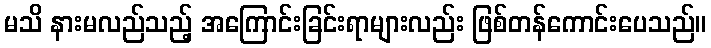
မသိ နားမလည်သည့် အကြောင်းခြင်းရာများလည်း ဖြစ်တန်ကောင်းပေသည်။